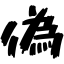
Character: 偽